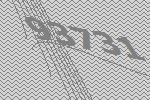
93731